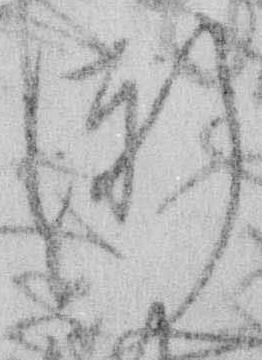
漸